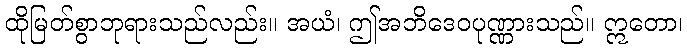
ထိုမြတ်စွာဘုရားသည်လည်း။ အယံ၊ ဤအဘိဒေဝပုဏ္ဏားသည်။ ဣတော၊